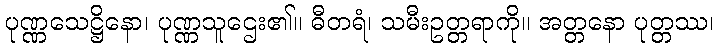
ပုဏ္ဏသေဋ္ဌိနော၊ ပုဏ္ဏသူဌေး၏။ ဓီတရံ၊ သမီးဥတ္တရာကို။ အတ္တနော ပုတ္တဿ၊